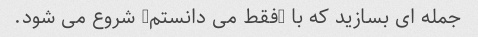
جمله ای بسازید که با "فقط می دانستم" شروع می شود.